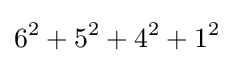
6^{2}+5^{2}+4^{2}+1^{2}